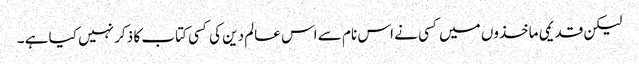
لیکن قدیمی ماخذوں میں کسی نے اس نام سے اس عالم دین کی کسی کتاب کا ذکر نہیں کیا ہے ۔